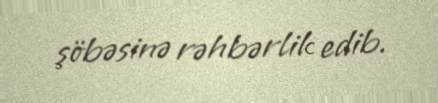
şöbəsinə rəhbərlik edib.